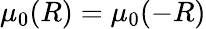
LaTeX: \mu_{0}(R)=\mu_{0}(-R)